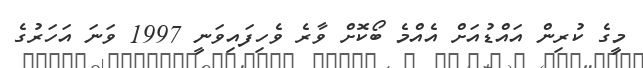
މީގެ ކުރިން އައްޑުއަށް އެއްމެ ބޯކޮށް ވާރެ ވެހިފައިވަނީ 1997 ވަނަ އަހަރުގެ